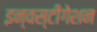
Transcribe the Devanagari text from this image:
इन्वस्टीगेशन